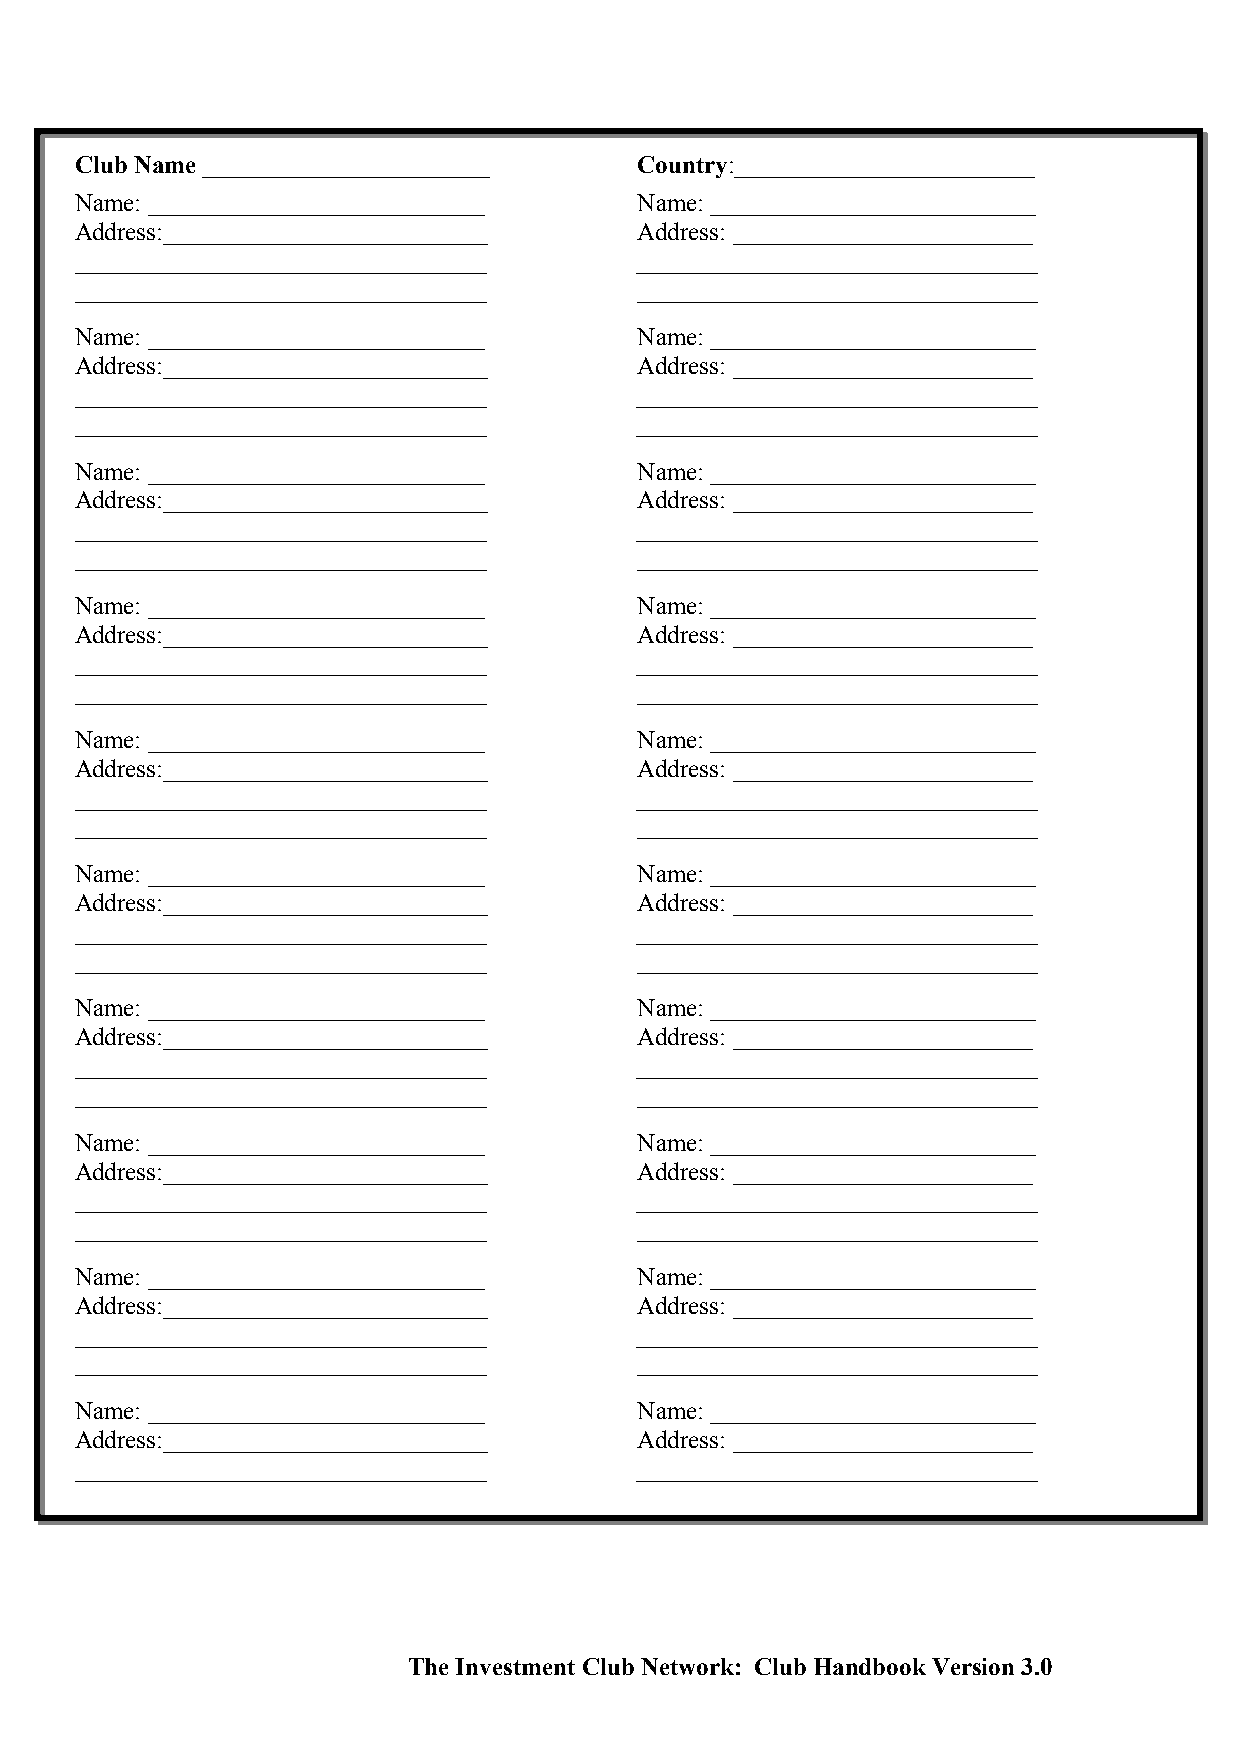
Club Name _______________________    Country:________________________
 Name: ___________________________    Name: __________________________
 Address:__________________________   Address: ________________________
 _________________________________    ________________________________
 _________________________________    ________________________________
 Name: ___________________________    Name: __________________________
 Address:__________________________   Address: ________________________
 _________________________________    ________________________________
 _________________________________    ________________________________
 Name: ___________________________    Name: __________________________
 Address:__________________________   Address: ________________________
 _________________________________    ________________________________
 _________________________________    ________________________________
 Name: ___________________________    Name: __________________________
 Address:__________________________   Address: ________________________
 _________________________________    ________________________________
 _________________________________    ________________________________
 Name: ___________________________    Name: __________________________
 Address:__________________________   Address: ________________________
 _________________________________    ________________________________
 _________________________________    ________________________________
 Name: ___________________________    Name: __________________________
 Address:__________________________   Address: ________________________
 _________________________________    ________________________________
 _________________________________    ________________________________
 Name: ___________________________    Name: __________________________
 Address:__________________________   Address: ________________________
 _________________________________    ________________________________
 _________________________________    ________________________________
 Name: ___________________________    Name: __________________________
 Address:__________________________   Address: ________________________
 _________________________________    ________________________________
 _________________________________    ________________________________
 Name: ___________________________    Name: __________________________
 Address:__________________________   Address: ________________________
 _________________________________    ________________________________
 _________________________________    ________________________________
 Name: ___________________________    Name: __________________________
 Address:__________________________   Address: ________________________
 _________________________________    ________________________________
 The Investment Club Network: Club Handbook Version 3.0